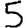
Digit: 5